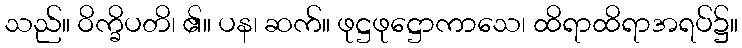
သည်။ ဝိက္ခိပတိ၊ ၏။ ပန၊ ဆက်။ ဖုဋ္ဌဖုဋ္ဌောကာသေ၊ ထိရာထိရာအရပ်၌။